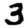
Digit: 3